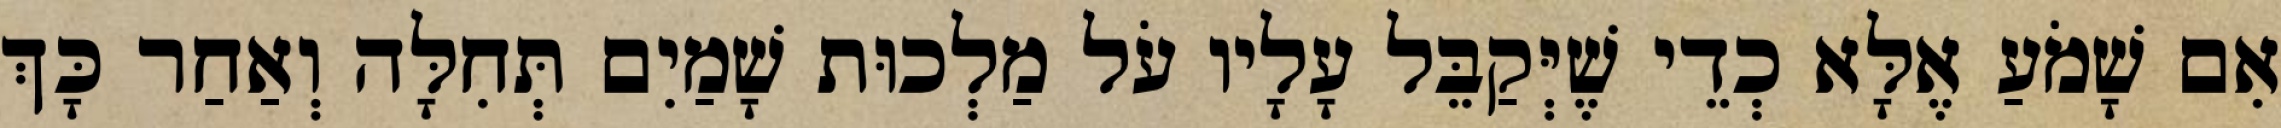
אִם שָׁמֹעַ אֶלָּא כְדֵי שֶׁיְּקַבֵּל עָלָיו עֹל מַלְכוּת שָׁמַיִם תְּחִלָּה וְאַחַר כָּךְ